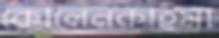
কোলেনকাইমা